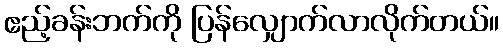
ဧည့်ခန်းဘက်ကို ပြန်လျှောက်လာလိုက်တယ်။